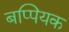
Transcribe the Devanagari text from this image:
बप्पियक